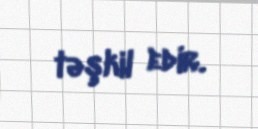
təşkil edir.